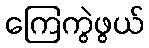
ကြေကွဲဖွယ်